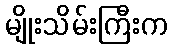
မျိုးသိမ်းကြီးက